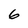
Character: 6